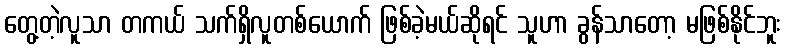
တွေ့တဲ့လူသာ တကယ် သက်ရှိလူတစ်ယောက် ဖြစ်ခဲ့မယ်ဆိုရင် သူဟာ ခွန်သာတော့ မဖြစ်နိုင်ဘူး